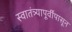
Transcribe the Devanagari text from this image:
स्वातंत्र्यापूर्वीपासून